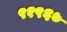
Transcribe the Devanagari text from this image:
९१९६७